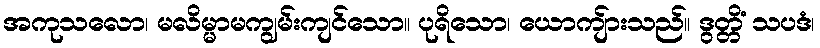
အကုသလော၊ မလိမ္မာမကျွမ်းကျင်သော။ ပုရိသော၊ ယောကျ်ားသည်။ ဒွတ္တိံ သပဒံ၊